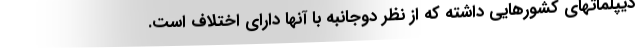
دیپلماتهای کشورهایی داشته که از نظر دوجانبه با آنها دارای اختلاف است.